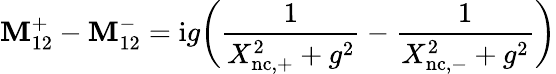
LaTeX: \mathbf{M}_{12}^{+}-\mathbf{M}_{12}^{-}=\mathrm{{i}}g\biggl(\frac{{1}}{{X_{\mathrm{{nc,+}}}^{2}+g^{2}}}-\frac{{1}}{{X_{\mathrm{{nc,-}}}^{2}+g^{2}}}\biggr)